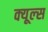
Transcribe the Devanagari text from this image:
क्‍यूल्‍स